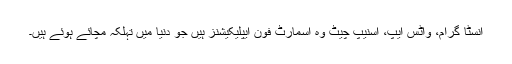
انسٹا گرام، واٹس ایپ، اسنیپ چیٹ وہ اسمارٹ فون ایپلیکیشنز ہیں جو دنیا میں تہلکہ مچائے ہوئے ہیں۔